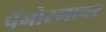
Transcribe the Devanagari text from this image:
पॅनोरमावर